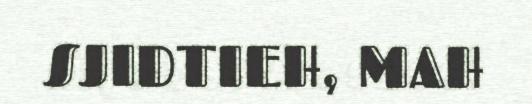
SJIDTIEH, MAH